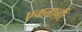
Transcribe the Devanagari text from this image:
एकतानी